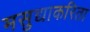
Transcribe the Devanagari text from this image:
मसुद्याकरिता